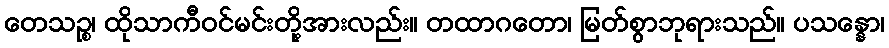
တေသဉ္စ၊ ထိုသာကီဝင်မင်းတို့အားလည်း။ တထာဂတော၊ မြတ်စွာဘုရားသည်။ ပသန္နော၊